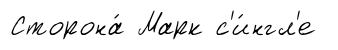
Сторона́ Марк с'и́нгл'е